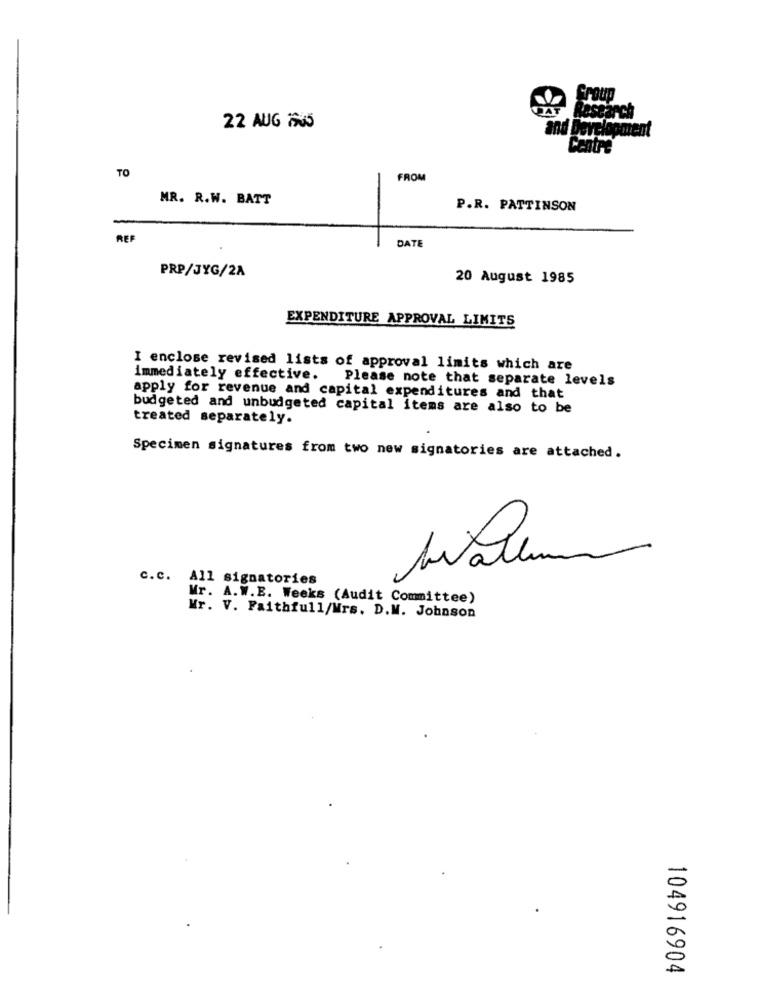
22 AUG 205
and
TO
-
FROM
MR. R.W. BATT
P.R. PATTINSON
REF
DATE
PRP/JYG/2A
20 August 1985
EXPENDITURE APPROVAL LIMITS
I enclose revised lists of approval limits which are
immediately effective. Please note that separate levels
apply for revenue and capital expenditures and that
budgeted and unbudgeted capital items are also to be
treated separately.
Specimen signatures from two new signatories are attached.
Wallum
c.c. All signatories
Mr. A.W.E. Weeks (Audit Committee)
Wr. V. Faithfull/Wrs. D.M. Johnson
104916904